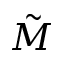
\tilde { M }